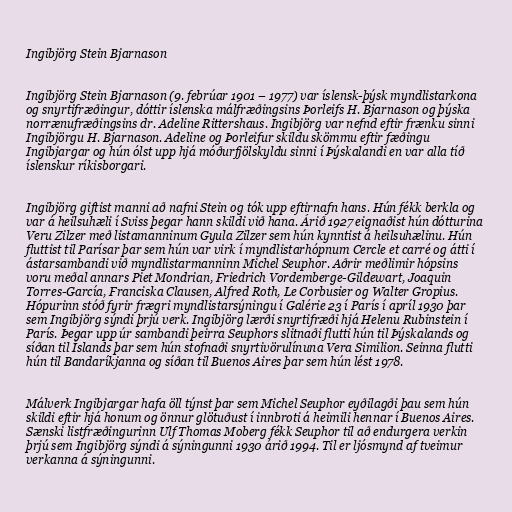
Ingibjörg Stein Bjarnason

Ingibjörg Stein Bjarnason (9. febrúar 1901 – 1977) var íslensk-þýsk myndlistarkona
og snyrtifræðingur, dóttir íslenska málfræðingsins Þorleifs H. Bjarnason og þýska
norrænufræðingsins dr. Adeline Rittershaus. Ingibjörg var nefnd eftir frænku sinni
Ingibjörgu H. Bjarnason. Adeline og Þorleifur skildu skömmu eftir fæðingu
Ingibjargar og hún ólst upp hjá móðurfjölskyldu sinni í Þýskalandi en var alla tíð
íslenskur ríkisborgari.

Ingibjörg giftist manni að nafni Stein og tók upp eftirnafn hans. Hún fékk berkla og
var á heilsuhæli í Sviss þegar hann skildi við hana. Árið 1927 eignaðist hún dótturina
Veru Zilzer með listamanninum Gyula Zilzer sem hún kynntist á heilsuhælinu. Hún
fluttist til Parísar þar sem hún var virk í myndlistarhópnum Cercle et carré og átti í
ástarsambandi við myndlistarmanninn Michel Seuphor. Aðrir meðlimir hópsins
voru meðal annars Piet Mondrian, Friedrich Vordemberge-Gildewart, Joaquin
Torres-García, Franciska Clausen, Alfred Roth, Le Corbusier og Walter Gropius.
Hópurinn stóð fyrir frægri myndlistarsýningu í Galérie 23 í París í apríl 1930 þar
sem Ingibjörg sýndi þrjú verk. Ingibjörg lærði snyrtifræði hjá Helenu Rubinstein í
París. Þegar upp úr sambandi þeirra Seuphors slitnaði flutti hún til Þýskalands og
síðan til Íslands þar sem hún stofnaði snyrtivörulínuna Vera Similion. Seinna flutti
hún til Bandaríkjanna og síðan til Buenos Aires þar sem hún lést 1978.

Málverk Ingibjargar hafa öll týnst þar sem Michel Seuphor eyðilagði þau sem hún
skildi eftir hjá honum og önnur glötuðust í innbroti á heimili hennar í Buenos Aires.
Sænski listfræðingurinn Ulf Thomas Moberg fékk Seuphor til að endurgera verkin
þrjú sem Ingibjörg sýndi á sýningunni 1930 árið 1994. Til er ljósmynd af tveimur
verkanna á sýningunni.